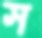
স